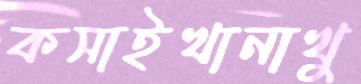
কসাইখানাখু